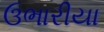
ઉભારીયા